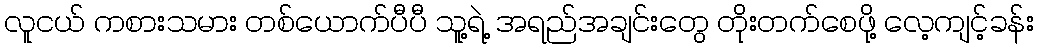
လူငယ် ကစားသမား တစ်ယောက်ပီပီ သူ့ရဲ့ အရည်အချင်းတွေ တိုးတက်စေဖို့ လေ့ကျင့်ခန်း